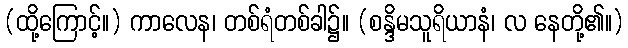
(ထို့ကြောင့်။) ကာလေန၊ တစ်ရံတစ်ခါ၌။ (စန္ဒိမသူရိယာနံ၊ လ နေတို့၏။)